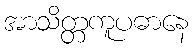
အာသိတ္တကူပဓာနေ